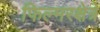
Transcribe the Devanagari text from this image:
फिल्मरक्षेत्रे